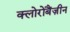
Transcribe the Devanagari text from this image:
क्लोरोबैंज़ीन